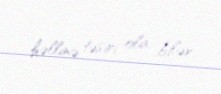
həllinə təsiri ola bilər.